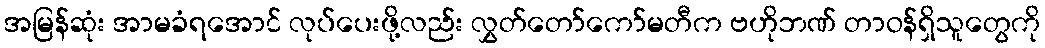
အမြန်ဆုံး အာမခံရအောင် လုပ်ပေးဖို့လည်း လွှတ်တော်ကော်မတီက ဗဟိုဘဏ် တာဝန်ရှိသူတွေကို